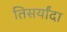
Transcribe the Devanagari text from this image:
तिसर्यांदा